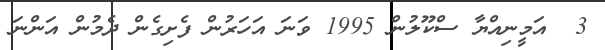
3  އަމީނިއްޔާ ސްކޫލުން 1995 ވަނަ އަހަރުން ފެށިގެން ދެމުން އަންނަ